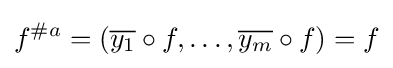
f^{\#a}=({\overline {y_{1}}}\circ f,\dots ,{\overline {y_{m}}}\circ f)=f